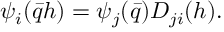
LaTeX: \psi _ { i } ( \bar { q } h ) = \psi _ { j } ( \bar { q } ) D _ { j i } ( h ) .